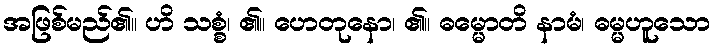
အဖြစ်မည်၏။ ဟိ သစ္စံ၊ ၏။ ဟေတုနော၊ ၏။ ဓမ္မောတိ နာမံ၊ ဓမ္မဟူသော